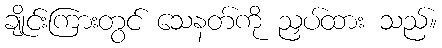
ချိုင်းကြားတွင် သေနတ်ကို ညှပ်ထား သည်။